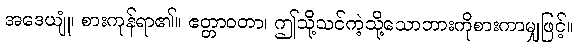
အဒေယျုံ၊ စားကုန်ရာ၏။ ဧတ္တာဝတာ၊ ဤသို့သင်ကဲ့သို့သောဘားကိုစားကာမျှဖြင့်။